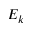
E _ { k }